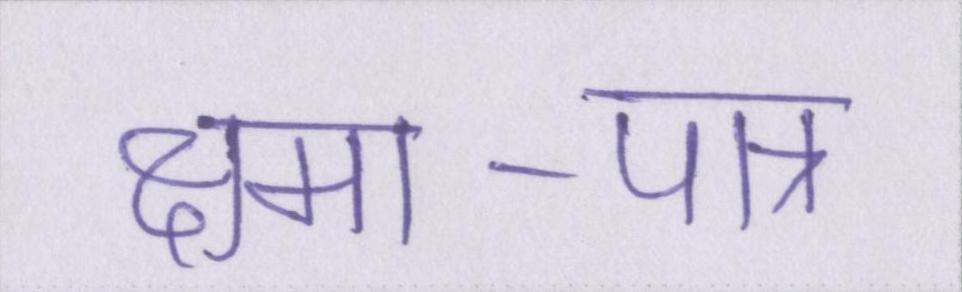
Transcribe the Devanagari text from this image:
क्षमा-पात्र